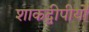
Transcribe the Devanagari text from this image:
शाकद्वीपीयों